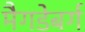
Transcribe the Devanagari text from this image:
मैगडेबर्ग